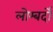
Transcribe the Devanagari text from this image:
लोम्बर्दो